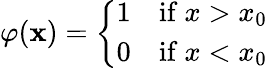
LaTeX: \varphi(\mathbf{x})={\left\{ \begin{array}{ll}{1}&{{\mathrm{if~}}x>x_{0}}\\ {0}&{{\mathrm{if~}}x<x_{0}}\end{array}\right.}